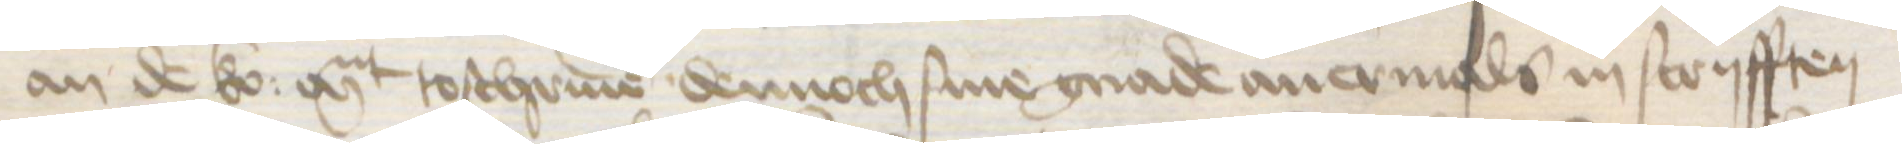
an de ko: Mt toschriuen dennoch sine gnade auermals in scryfften